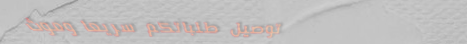
توصيل طلباتكم سريعًا وموث